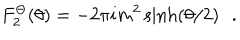
LaTeX: F _ { 2 } ^ { \Theta } ( \theta ) = - 2 \pi i m ^ { 2 } \sinh ( \theta / 2 ) \, \, \, \, .